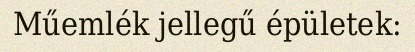
Műemlék jellegű épületek: